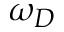
\omega _ { D }